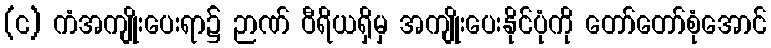
(င) ကံအကျိုးပေးရာ၌ ဉာဏ် ဝီရိယရှိမှ အကျိုးပေးနိုင်ပုံကို တော်တော်စုံအောင်